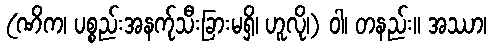
(ဏိက၊ ပစ္စည်းအနက်ုသီးခြားမရှိ၊ ဟူလို၊) ဝါ၊ တနည်း။ အဿာ၊